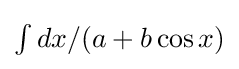
{\textstyle \int dx/(a+b\cos x)}